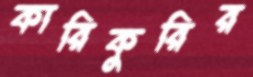
কারিকুরির